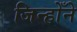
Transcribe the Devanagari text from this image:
जिन्होँने